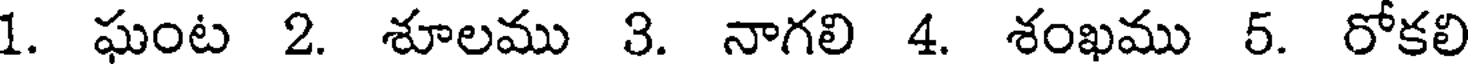
1. ఘంట 2. శూలము 3. నాగలి 4. శంఖము 5. రోకలి